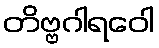
တိဗ္ဗဂါရဝေါ